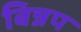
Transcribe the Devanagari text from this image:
बिन्नप